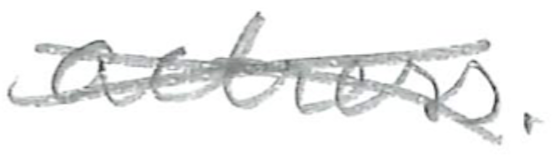
Text: actress.
Cross-out: cross
Writing tool: pencil